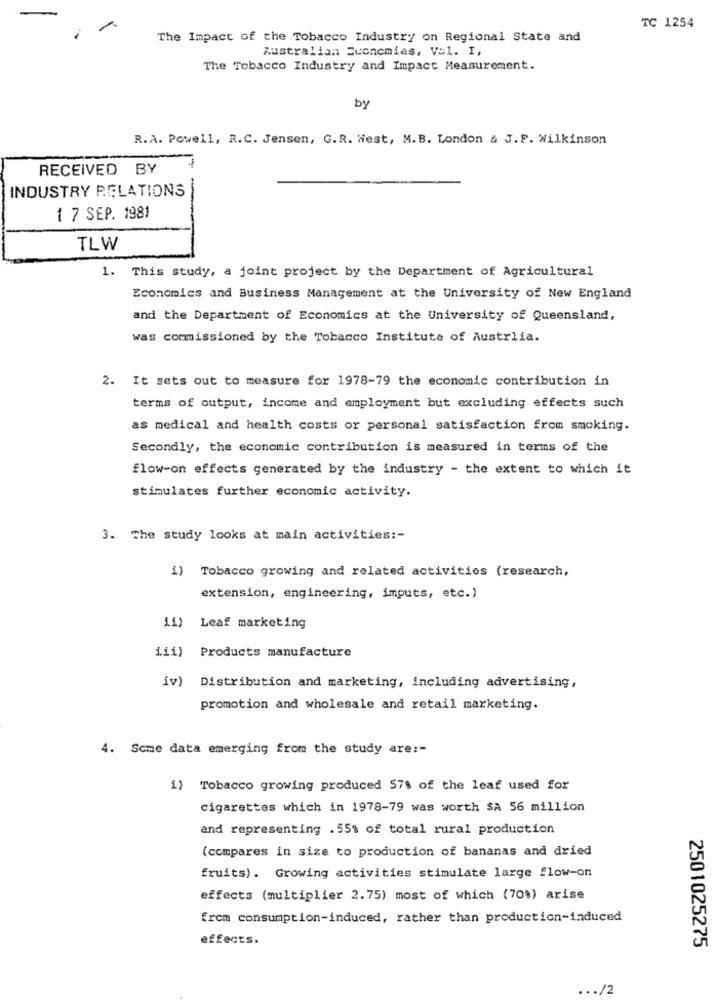
TC 1254
The Impact of the Tobacco Industry on Regional State and
Australian Economies, Vol. I,
The Tobacco Industry and Impact Measurement.
by
R. A. Powell, R.C. Jensen, G.R. West, M.B. London & J.P. Wilkinson
RECEIVED BY
INDUSTRY RELATIONS
--
1 7 SEP. 1981
TLW
1. This study, a joint project by the Department of Agricultural
Economics and Business Management at the University of New England
and the Department of Economics at the University of Queensland,
was commissioned by the Tobacco Institute of Austrlia.
2. It sets out to measure for 1978-79 the economic contribution in
terms of output, income and employment but excluding effects such
as medical and health costs or personal satisfaction from smoking.
Secondly, the economic contribution is measured in terms of the
flow-on effects generated by the industry - the extent to which it
stimulates further economic activity.
3. The study looks at main activities :-
) Tobacco growing and related activities (research,
extension, engineering, imputs, etc.)
11}
Leaf marketing
1.11)
Products manufacture
iv)
Distribution and marketing, including advertising,
promotion and wholesale and retail marketing.
4. Scme data emerging from the study are :-
1)
Tobacco growing produced 57% of the leaf used for
cigarettes which in 1978-79 was worth $A 56 million
and representing .55% of total rural production
(compares in size to production of bananas and dried
fruits). Growing activities stimulate large flow-on
effects (multiplier 2.75) most of which (70%) arise
from consumption-induced, rather than production-induced
effects.
2501025275
... /2